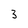
Character: 3